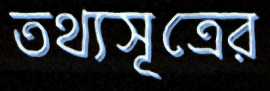
তথ্যসূত্রের